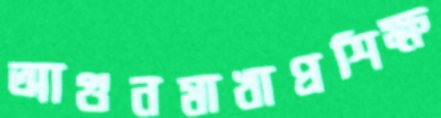
আগুনমাখাপ্রশিক্ষ